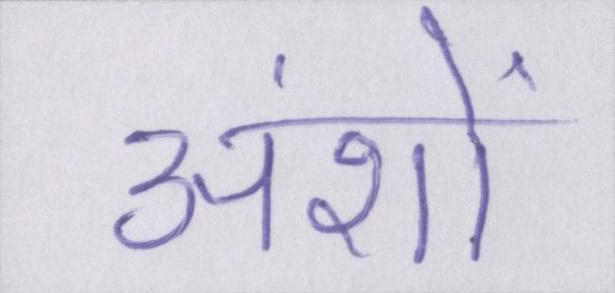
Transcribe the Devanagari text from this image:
अंशों